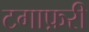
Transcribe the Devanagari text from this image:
टगाफ़री